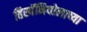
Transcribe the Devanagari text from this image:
हिस्पॅनियोलाच्या